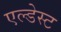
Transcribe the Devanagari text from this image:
एल्डेस्ट